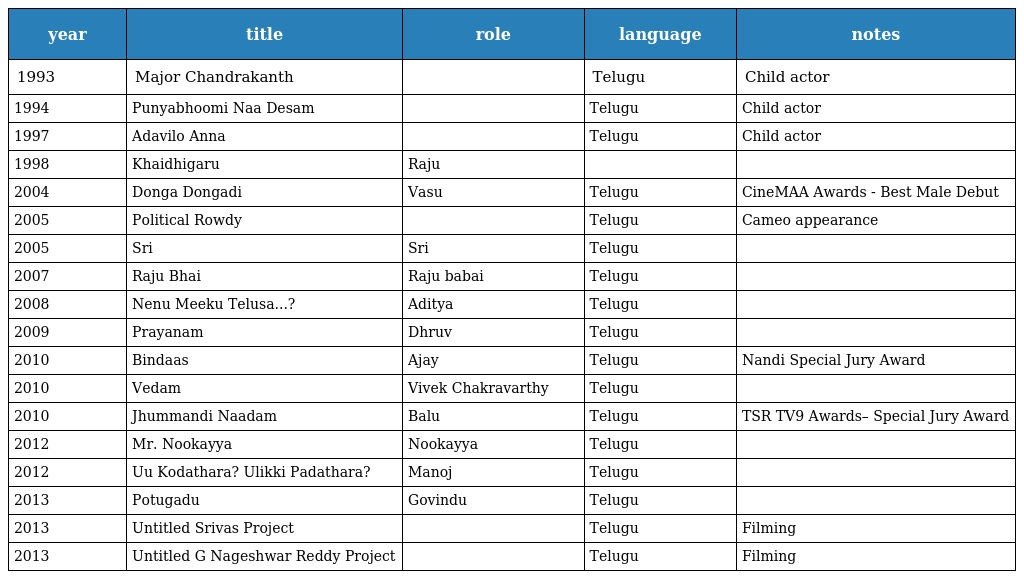
| year | title | role | language | notes |
 | --- | --- | --- | --- | --- |
 | 1993 | Major Chandrakanth |  | Telugu | Child actor |
 | 1994 | Punyabhoomi Naa Desam |  | Telugu | Child actor |
 | 1997 | Adavilo Anna |  | Telugu | Child actor |
 | 1998 | Khaidhigaru | Raju |  |  |
 | 2004 | Donga Dongadi | Vasu | Telugu | CineMAA Awards - Best Male Debut |
 | 2005 | Political Rowdy |  | Telugu | Cameo appearance |
 | 2005 | Sri | Sri | Telugu |  |
 | 2007 | Raju Bhai | Raju babai | Telugu |  |
 | 2008 | Nenu Meeku Telusa...? | Aditya | Telugu |  |
 | 2009 | Prayanam | Dhruv | Telugu |  |
 | 2010 | Bindaas | Ajay | Telugu | Nandi Special Jury Award |
 | 2010 | Vedam | Vivek Chakravarthy | Telugu |  |
 | 2010 | Jhummandi Naadam | Balu | Telugu | TSR TV9 Awards– Special Jury Award |
 | 2012 | Mr. Nookayya | Nookayya | Telugu |  |
 | 2012 | Uu Kodathara? Ulikki Padathara? | Manoj | Telugu |  |
 | 2013 | Potugadu | Govindu | Telugu |  |
 | 2013 | Untitled Srivas Project |  | Telugu | Filming |
 | 2013 | Untitled G Nageshwar Reddy Project |  | Telugu | Filming |